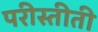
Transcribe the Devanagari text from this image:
परीस्तीती